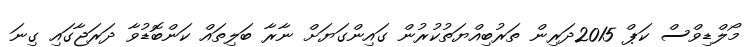
މޯލްޑިވްސް ކަޕް 2015ދަރިން ތަރުބިއްޔަތުކުރުން ގައިންގަޔަށް ނާރާ ބަލިތައް ކަންބޮޑުވާ ދަރަޖާގައި ގިނަ